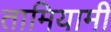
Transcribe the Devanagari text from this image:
तामियामी